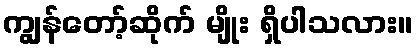
ကျွန်တော့်ဆိုက် မျိုး ရှိပါသလား။